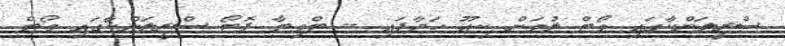
ސްރީލަންކާގައި ވޯޓް ލުމަށް ކިއޫ ހަދާފައި -- ޓްވިޓާ ފޮޓޯ ސްރީލަންކާގައި ވޯޓް